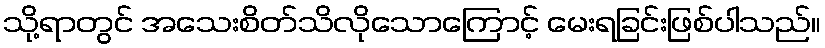
သို့ရာတွင် အသေးစိတ်သိလိုသောကြောင့် မေးရခြင်းဖြစ်ပါသည်။